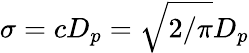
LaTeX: \sigma=cD_{p}=\sqrt{2/\pi}D_{p}